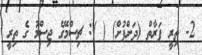
2- ތިރީ ފަރާތް (ދަށްފުށް) ( ): ޗިސްމޭގެ ޖިސްމު ގެ ތިރީ